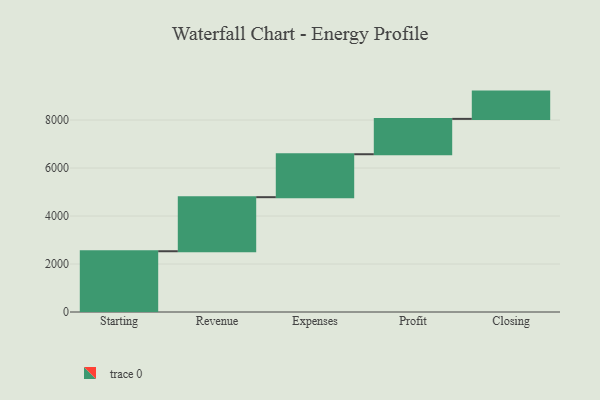
{"axis": {"x": "Step", "y": "Value"}, "legend": [""], "data": [{"x": "Starting", "y": 2532.0, "type": ""}, {"x": "Revenue", "y": 2253.0, "type": ""}, {"x": "Expenses", "y": 1790.0, "type": ""}, {"x": "Profit", "y": 1473.0, "type": ""}, {"x": "Closing", "y": 1137.0, "type": ""}]}